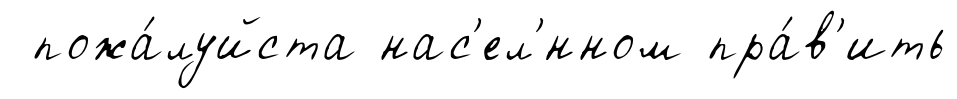
пожа́луйста нас'ел'́нном пра́в'ить